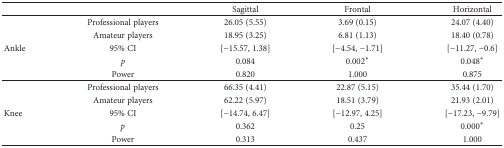
<table><thead><tr><td colspan="2"></td><td><b>Sagittal</b></td><td><b>Frontal</b></td><td><b>Horizontal</b></td></tr></thead><tbody><tr><td rowspan="5">Ankle</td><td>Professional players</td><td>26.05 (5.55)</td><td>3.69 (0.15)</td><td>24.07 (4.40)</td></tr><tr><td>Amateur players</td><td>18.95 (3.25)</td><td>6.81 (1.13)</td><td>18.40 (0.78)</td></tr><tr><td>95% CI</td><td>[−15.57, 1.38]</td><td>[−4.54, −1.71]</td><td>[−11.27, −0.6]</td></tr><tr><td><i>p</i></td><td>0.084</td><td>0.002<sup>∗</sup></td><td>0.048<sup>∗</sup></td></tr><tr><td>Power</td><td>0.820</td><td>1.000</td><td>0.875</td></tr><tr><td rowspan="5">Knee</td><td>Professional players</td><td>66.35 (4.41)</td><td>22.87 (5.15)</td><td>35.44 (1.70)</td></tr><tr><td>Amateur players</td><td>62.22 (5.97)</td><td>18.51 (3.79)</td><td>21.93 (2.01)</td></tr><tr><td>95% CI</td><td>[−14.74, 6.47]</td><td>[−12.97, 4.25]</td><td>[−17.23, −9.79]</td></tr><tr><td><i>p</i></td><td>0.362</td><td>0.25</td><td>0.000<sup>∗</sup></td></tr><tr><td>Power</td><td>0.313</td><td>0.437</td><td>1.000</td></tr></tbody></table>